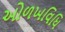
ઓળખવિધિ